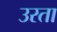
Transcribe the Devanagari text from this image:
उरता